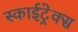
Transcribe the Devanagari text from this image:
स्काईट्रेक्स